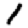
Digit: 1